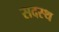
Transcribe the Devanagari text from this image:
सदस्थ